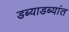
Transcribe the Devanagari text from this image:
डब्याडब्यांत